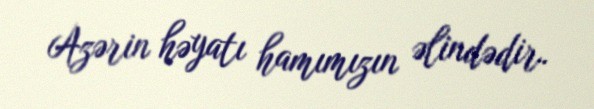
Azərin həyatı hamımızın əlindədir.